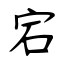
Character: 宕